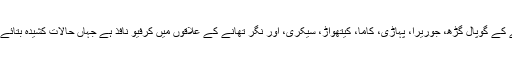
میوات علاقے کے گوپال گڑھ، جوریرا، پہاڑی، کاما، کیتھواڑ، سیکری، اور نگر تھانے کے علاقوں میں کرفیو نافذ ہے جہاں حالات کشیدہ بتائے جا رہے ہیں۔